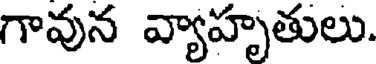
గావున వ్యాహృతులు.